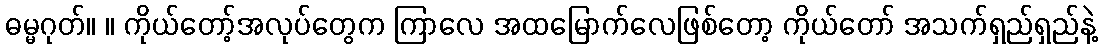
ဓမ္မဂုတ်။ ။ ကိုယ်တော့်အလုပ်တွေက ကြာလေ အထမြောက်လေဖြစ်တော့ ကိုယ်တော် အသက်ရှည်ရှည်နဲ့